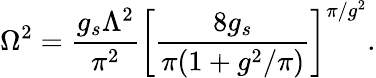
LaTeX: \Omega^{2}=\frac{g_{s}\Lambda^{2}}{\pi^{2}}\left[\frac{8g_{s}}{\pi(1+g^{2}/\pi)}\right]^{\pi/g^{2}}.